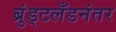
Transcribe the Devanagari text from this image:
ब्रुंड्टलँडनंतर